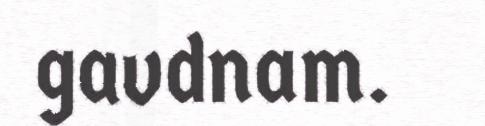
gavdnam.